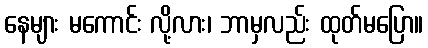
နေများ မကောင်း လို့လား၊ ဘာမှလည်း ထုတ်မပြော။